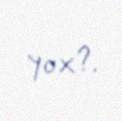
yox?.